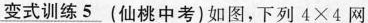
变式训练5.(仙桃中考)如图，下列4×4网